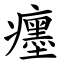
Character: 癦